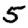
Digit: 5